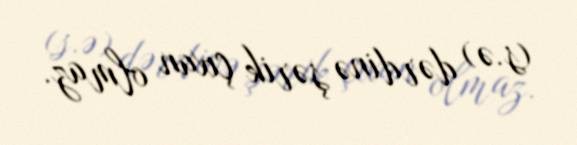
(s.ə) dərdinə şərik çıxan olmaz.